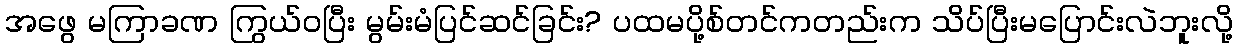
အဖွေ မကြာခဏ ကြွယ်ဝပြီး မွမ်းမံပြင်ဆင်ခြင်း? ပထမပို့စ်တင်ကတည်းက သိပ်ပြီးမပြောင်းလဲဘူးလို့